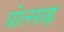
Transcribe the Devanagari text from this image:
प्रोत्साह्न